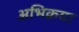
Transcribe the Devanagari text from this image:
अभिक्रया